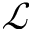
\mathcal { L }